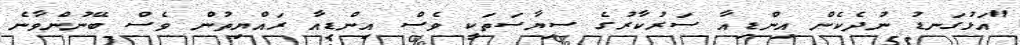
"އަޅުގަނޑު ނުދެކެން އިންޑިއާ ސަރުކާރުގެ ސިޔާސަތަކީ ވެސް އިންޑިއާ ރައްޔިތުން ވެސް ބޭނުންވާނެ